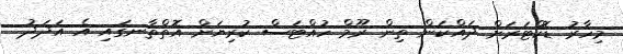
މިހާރު ޑޮކްޓަރަށް ދައްކަން ތިން ރޫމް ހުއްޓަސް ކުރިޔަށް އޮތްތާނގައި އެ އަދަދު